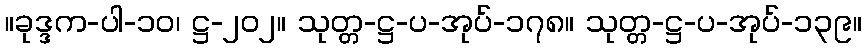
။ခုဒ္ဒက-ပါ-၁၀၊ ဋ္ဌ-၂၀၂။ သုတ္တ-ဋ္ဌ-ပ-အုပ်-၁၇၈။ သုတ္တ-ဋ္ဌ-ပ-အုပ်-၁၃၉။